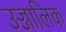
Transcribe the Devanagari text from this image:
उज्जालिक